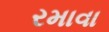
રમાવા